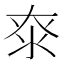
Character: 𰛖